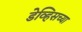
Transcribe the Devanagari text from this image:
डेव्हिसच्या